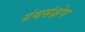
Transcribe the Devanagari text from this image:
ग्रंथसंक्षेप